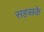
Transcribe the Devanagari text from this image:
सहस्रके